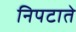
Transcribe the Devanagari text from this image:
निपटाते